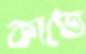
কাতে